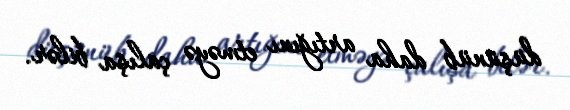
düşünüb daha artığını etməyə çalışa bilər.